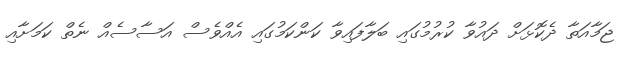
ޖަމާއަތާ ދެކޮޅަށް ދައުވާ ކުރުމުގައި ބަލާފައިވާ ކަންކަމުގައި އެއްވެސް އަސާސެއް ނެތް ކަމަށާއި